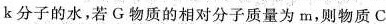
k分子的水，若G物质的相对分子质量为m，则物质C